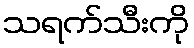
သရက်သီးကို